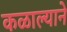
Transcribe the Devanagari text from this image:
कळाल्याने